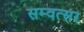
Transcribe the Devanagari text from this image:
सम्वत्सर